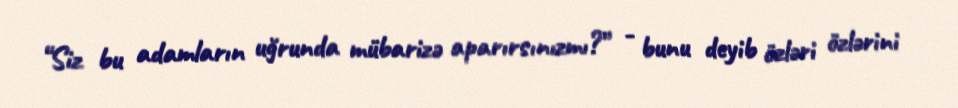
“Siz bu adamların uğrunda mübarizə aparırsınızmı?” - bunu deyib özləri özlərini